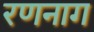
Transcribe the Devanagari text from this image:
रणनाग